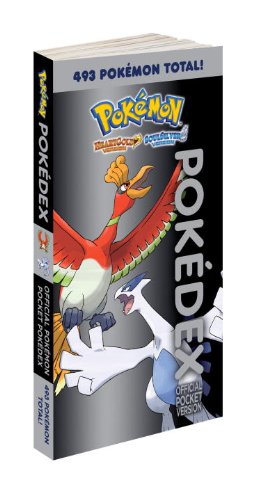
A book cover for Pokemon Pocket Pokedex Vol.3: Prima Official Game Guide; Prima Games; Computers & Technology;